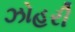
ઝોહરી